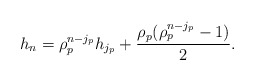
\begin{align*}h_{n} = \rho_p^{n-j_p} h_{j_p} + \frac{\rho_p(\rho_p^{n-j_p}-1)}{2} . \end{align*}